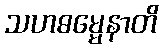
သဟဓမ္မေနာတိ